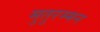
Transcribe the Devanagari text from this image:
मुतुरम्मन